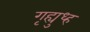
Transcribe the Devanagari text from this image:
गृह्युध्ह